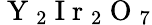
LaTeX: \mathrm{~Y~}_{2}\mathrm{~I~r~}_{2}\mathrm{~O~}_{7}